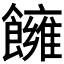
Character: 𩟀